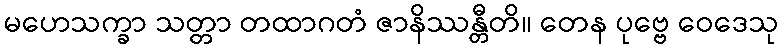
မဟေသက္ခာ သတ္တာ တထာဂတံ ဇာနိဿန္တီတိ။ တေန ပုဗ္ဗေ ဝေဒေသု